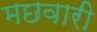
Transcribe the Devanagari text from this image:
मछवारी